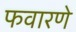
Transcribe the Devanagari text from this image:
फवारणे